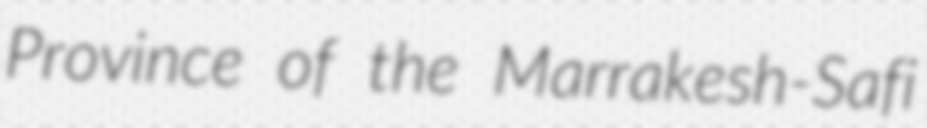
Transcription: Province of the Marrakesh-Safi